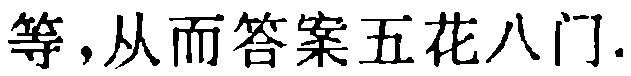
等，从而答案五花八门.